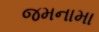
જમનામા